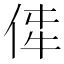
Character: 𪜼